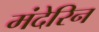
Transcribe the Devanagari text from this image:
मंदेरिन